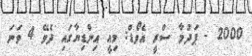
2000 - ޕަދުމާ ސްރީ އެވޯޑް: މިއީ އިންޑިޔާގައި ދެވޭ 4 ވަނަ